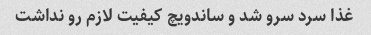
غذا سرد سرو شد و ساندویچ کیفیت لازم رو نداشت